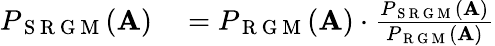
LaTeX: \begin{array}{rl}{P_{\mathrm{~S~R~G~M~}}(\mathbf{A})}&{{}=P_{\mathrm{~R~G~M~}}(\mathbf{A})\cdot\frac{P_{\mathrm{~S~R~G~M~}}(\mathbf{A})}{P_{\mathrm{~R~G~M~}}(\mathbf{A})}}\end{array}